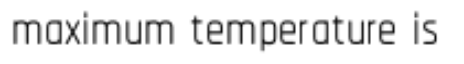
maximum temperature is